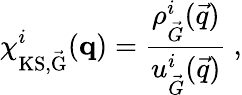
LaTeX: \chi_{\mathrm{KS,\vec{G}}}^{i}(\mathbf{q})=\frac{{\rho_{\vec{G}}^{i}(\vec{q})}}{{u_{\vec{G}}^{i}(\vec{q})}}\ ,